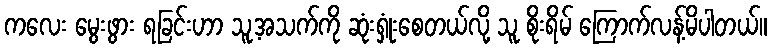
ကလေး မွေးဖွား ရခြင်းဟာ သူ့အသက်ကို ဆုံးရှုံးစေတယ်လို့ သူ စိုးရိမ် ကြောက်လန့်မိပါတယ်။